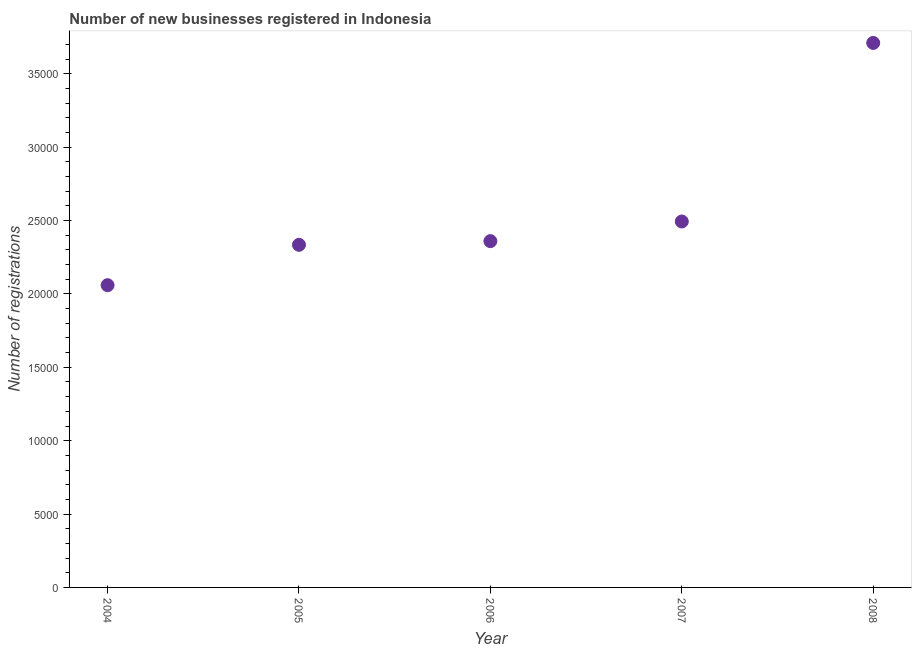
| Year | New businesses |
 | --- | --- |
 | 2004 | 2.06e+04 |
 | 2005 | 2.33e+04 |
 | 2006 | 2.36e+04 |
 | 2007 | 2.49e+04 |
 | 2008 | 3.71e+04 |